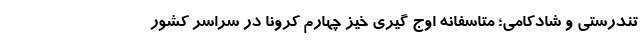
تندرستی و شادکامی؛ متاسفانه اوج گیری خیز چهارم کرونا در سراسر کشور